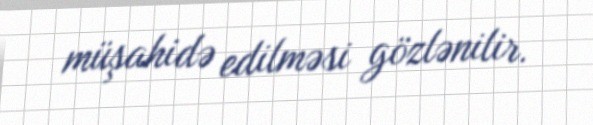
müşahidə edilməsi gözlənilir.